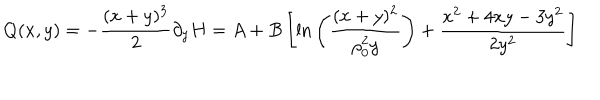
Q ( x , y ) = - { \frac { ( x + y ) ^ { 3 } } { 2 } } \partial _ { y } H = A + B \left[ \mathrm { l n } \left( { \frac { ( x + y ) ^ { 2 } } { \rho _ { 0 } ^ { 2 } y } } \right) + { \frac { x ^ { 2 } + 4 x y - 3 y ^ { 2 } } { 2 y ^ { 2 } } } \right]